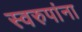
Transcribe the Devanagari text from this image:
स्वरुपांना